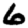
Digit: 6